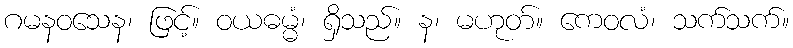
ဂမနဝသေန၊ ဖြင့်။ ဝယဓမ္မံ၊ ရှိသည်။ န၊ မဟုတ်။ ကေဝလံ၊ သက်သက်။